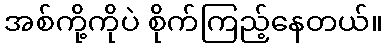
အစ်ကို့ကိုပဲ စိုက်ကြည့်နေတယ်။